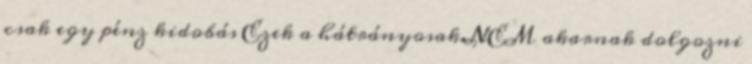
csak egy pénz kidobás Ezek a hátrányosak.NEM akarnak dolgozni